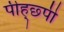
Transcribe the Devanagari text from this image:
पीह्छ्पी